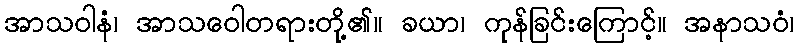
အာသဝါနံ၊ အာသဝေါတရားတို့၏။ ခယာ၊ ကုန်ခြင်းကြောင့်။ အနာသဝံ၊